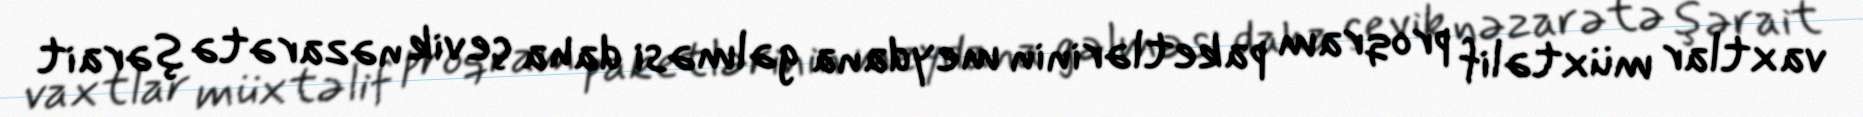
vaxtlar müxtəlif proqram paketlərinin meydana gəlməsi daha çevik nəzarətə şərait